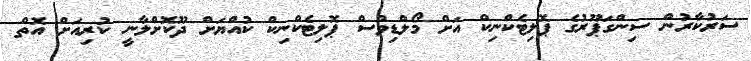
ސަރުކާރުން ސިންގަޕޫރުގެ ޕޮލިޓެކްނިކް އަށް މޯލްޑިވްސް ޕޮލިޓެކްނިކް ކުއްޔަށް ދޫކޮށްލާނީ ކުރިއަށް އޮތް